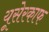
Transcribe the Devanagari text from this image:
यूसेरकाफ